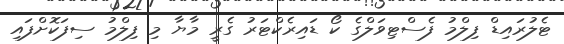
ޓެލުރައިޑް ފިލްމު ފެސްޓިވަލްގެ ކޯ ޑައިރެކްޓަރު ގެރީ މާޔާ މި ފިލްމު ސިފަކޮށްފައި